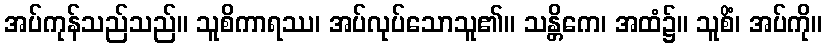
အပ်ကုန်သည်သည်။ သူစိကာရဿ၊ အပ်လုပ်သောသူ၏။ သန္တိကေ၊ အထံ၌။ သူစိံ၊ အပ်ကို။